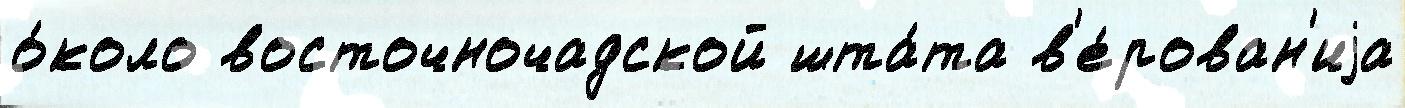
о́коло восточночадской шта́та в'е́рован'иjа